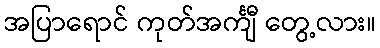
အပြာရောင် ကုတ်အင်္ကျီ တွေ့လား။